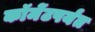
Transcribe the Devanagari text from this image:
कॉमेंटपर्यंत